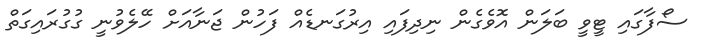
ސޯފާގައި ޓީވީ ބަލަން އޮވެގެން ނިދިފައި އިރުގަނޑެއް ފަހުން ޖަނާއަށް ހޭލެވުނީ ގުގުރައިގަތް